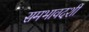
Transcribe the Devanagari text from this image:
समभावदर्शी